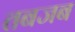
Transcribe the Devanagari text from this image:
तबजब